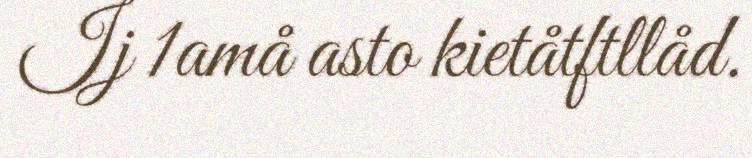
Ij 1amå asto kietåtftllåd.